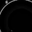
Digit: 8